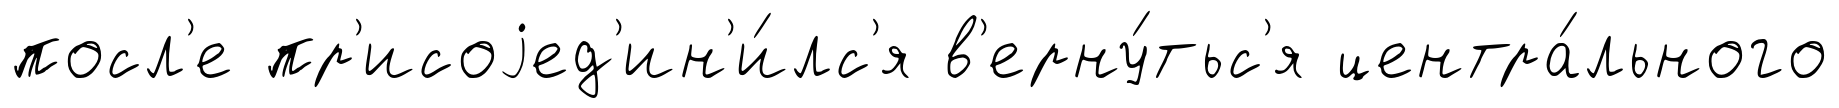
посл'е пр'исоjед'ин'и́лс'я в'ерну́тьс'я центра́льного